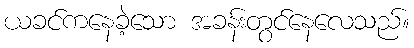
ယခင်ကနေခဲ့သော အခန်းတွင်နေလေသည်။